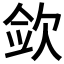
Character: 𰙎